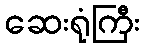
ဆေးရုံကြီး